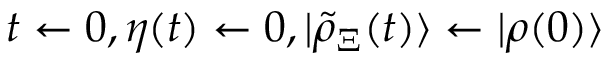
t \gets 0 , \eta ( t ) \gets 0 , | \tilde { \rho } _ { \Xi } ( t ) \rangle \gets | \rho ( 0 ) \rangle